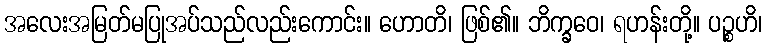
အလေးအမြတ်မပြုအပ်သည်လည်းကောင်း။ ဟောတိ၊ ဖြစ်၏။ ဘိက္ခဝေ၊ ရဟန်းတို့။ ပဉ္စဟိ၊